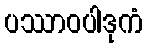
ပဿာဝပါဒုကံ